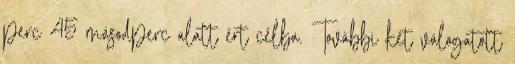
perc 45 másodperc alatt ért célba. További két válogatott